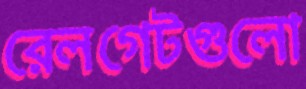
রেলগেটগুলো